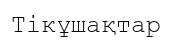
Тікұшақтар